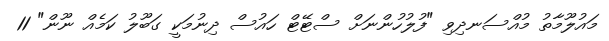
މައުލޫމާތު މުއްސަނދިވި "ފުލުހުންނަށް ސްޓޭޓް ހައުސް ދިނުމަކީ ގަބޫލު ކަމެއް ނޫން" 11